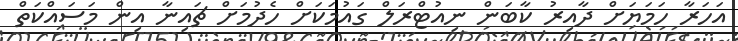
އަހަރާ ހަމަޔަށް ދާއިރު ކާބަން ނިއުޓްރަލް ގައުމަކަށް ހެދުމަށް ޗައިނާ އިން މަސައްކަތް